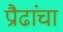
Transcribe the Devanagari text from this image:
प्रौढांचा